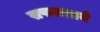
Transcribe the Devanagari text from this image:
सफलताये